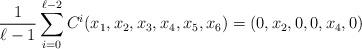
LaTeX: \begin{align*}\frac{1}{\ell-1}\sum_{i=0}^{\ell-2} C^i (x_1,x_2,x_3,x_4,x_5,x_6) = \left(0,x_2,0,0,x_4,0 \right)\end{align*}